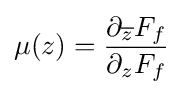
\mu (z)={\partial _{\overline {z}}F_{f} \over \partial _{z}F_{f}}